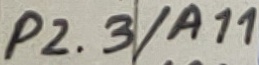
Text: P2.3/A11